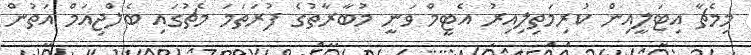
މިމެޗާ އިޓަލީއިން ކުރިމަތިލިއިރު އެޓީމް ވަނީ މުބާރާތުގެ ފުރަތަމަ މެޗުގައި ބެލްޖިއަމް އަތުން